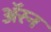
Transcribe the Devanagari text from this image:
अॅरन